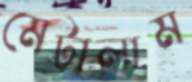
মেটালাম